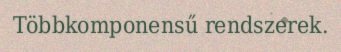
Többkomponensű rendszerek.